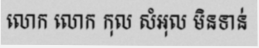
លោក លោក កុល សំអុល មិនទាន់